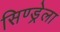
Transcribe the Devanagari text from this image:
सिण्ड्रेला